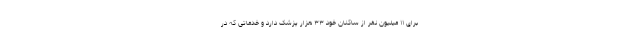
برای ۱۱ میلیون نفر از ساکنان خود ۳۳ هزار پزشک دارد و خدماتی که در